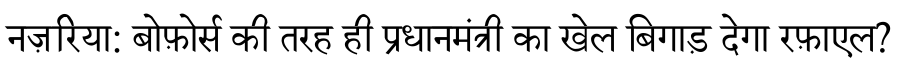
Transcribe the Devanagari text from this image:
नज़रिया: बोफ़ोर्स की तरह ही प्रधानमंत्री का खेल बिगाड़ देगा रफ़ाएल?